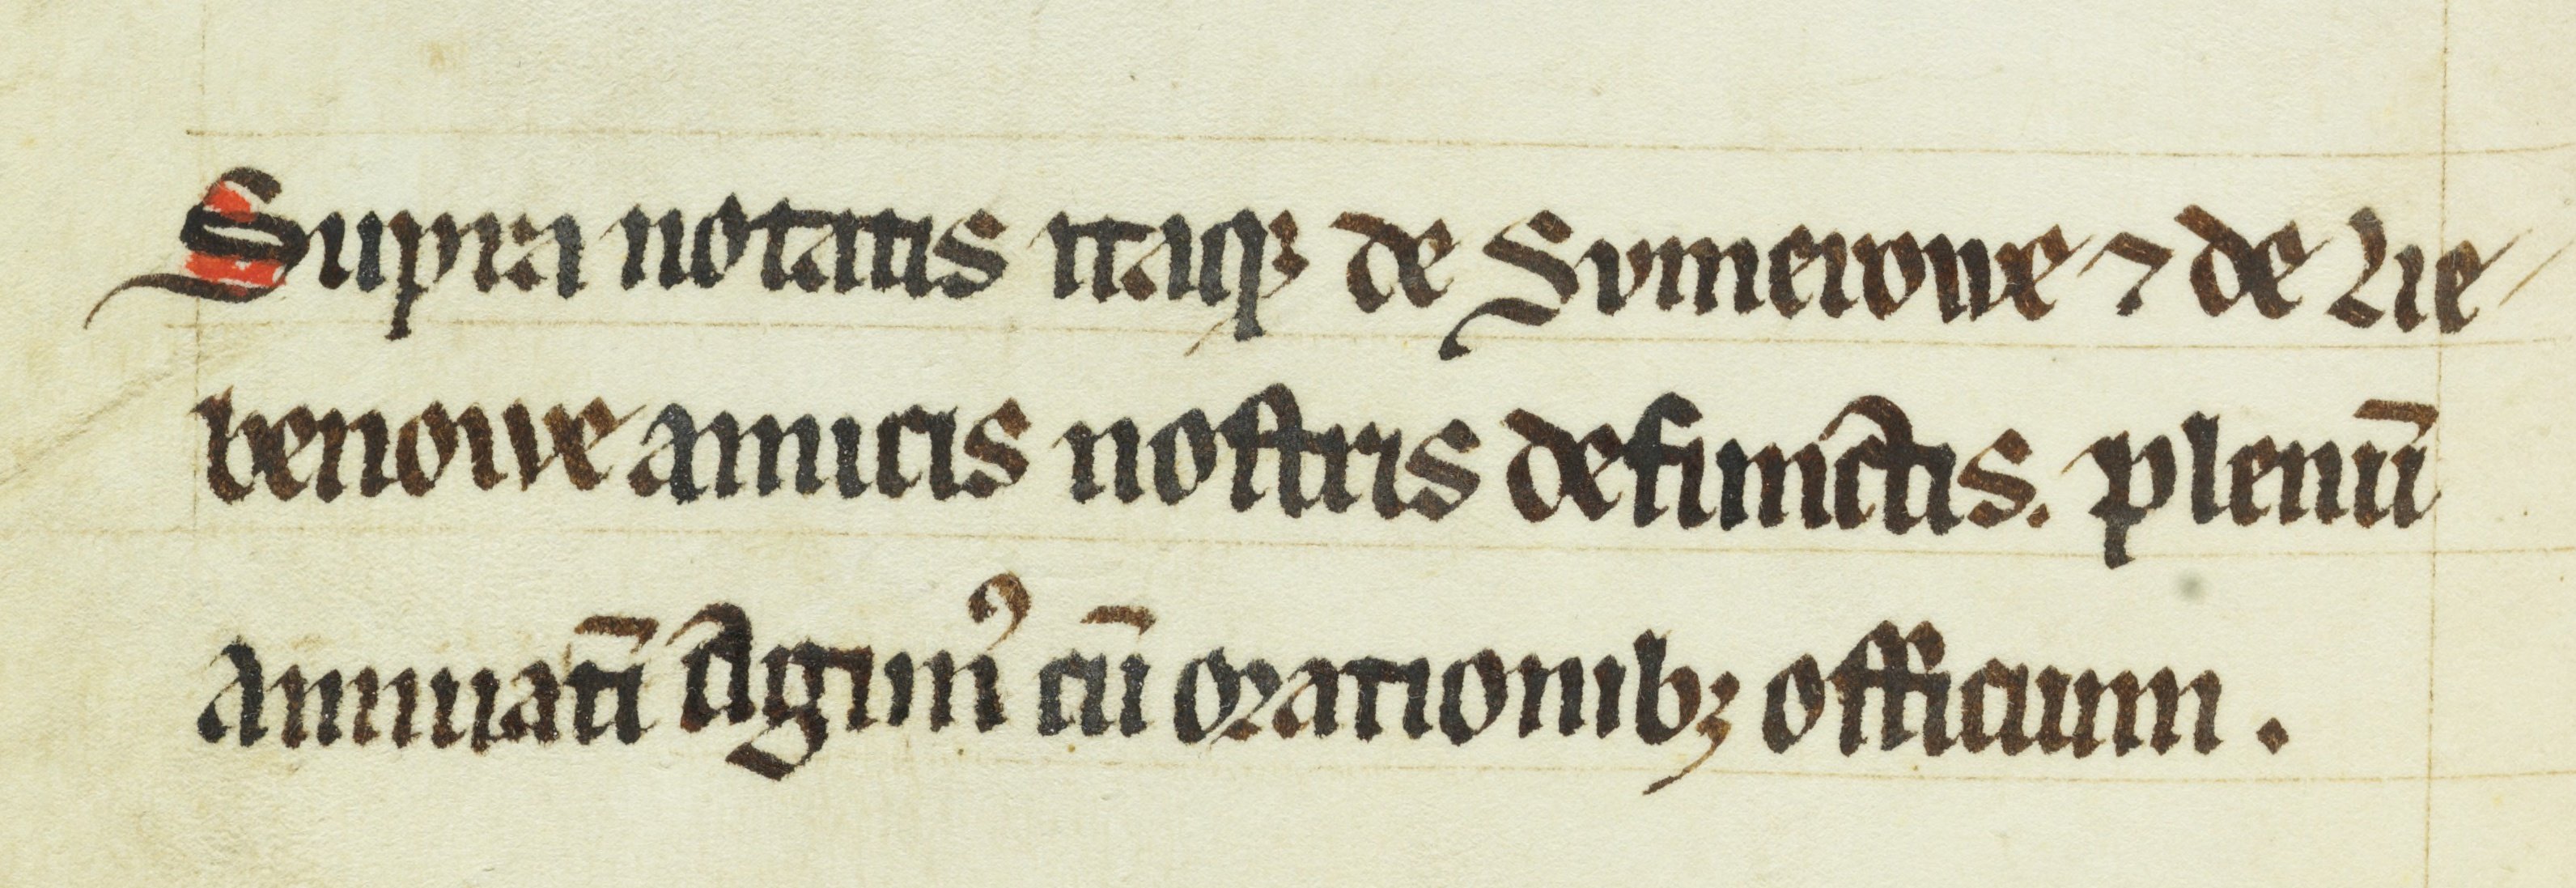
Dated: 1200–1399